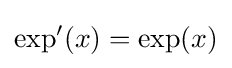
\exp '(x)=\exp(x)